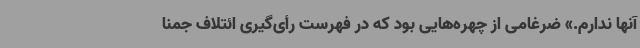
آنها ندارم.» ضرغامی از چهره‌هایی بود که در فهرست رأی‌گیری ائتلاف جمنا